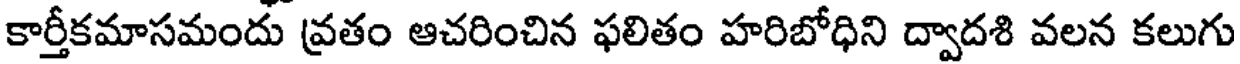
కార్తీకమాసమందు వ్రతం ఆచరించిన ఫలితం హరిబోధిని ద్వాదశి వలన కలుగు